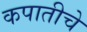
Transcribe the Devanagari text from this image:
कपातीचे